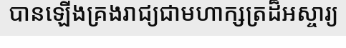
បានឡើងគ្រងរាជ្យជាមហាក្សត្រដ៏អស្ចារ្យ